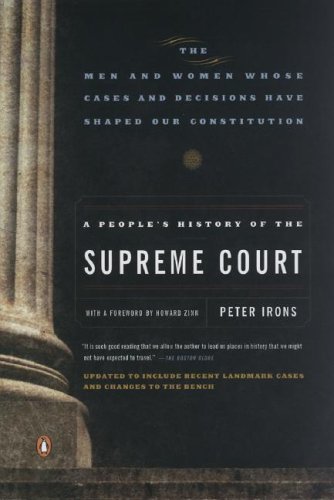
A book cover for A People's History of the Supreme Court: The Men and Women Whose Cases and Decisions Have Shaped OurConstitution: Revised  Edition; Peter Irons; Law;